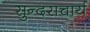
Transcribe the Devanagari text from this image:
सुन्दराचार्य